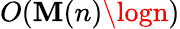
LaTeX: O(\mathbf{M}(n)\logn)